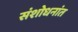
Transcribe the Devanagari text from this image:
संशोधनांत